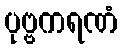
ပုဗ္ဗကရဏံ